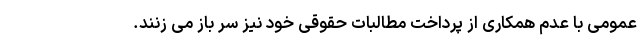
عمومی با عدم همکاری از پرداخت مطالبات حقوقی خود نیز سر باز می زنند.